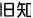
旧知